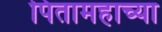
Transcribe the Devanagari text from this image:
पितामहाच्या